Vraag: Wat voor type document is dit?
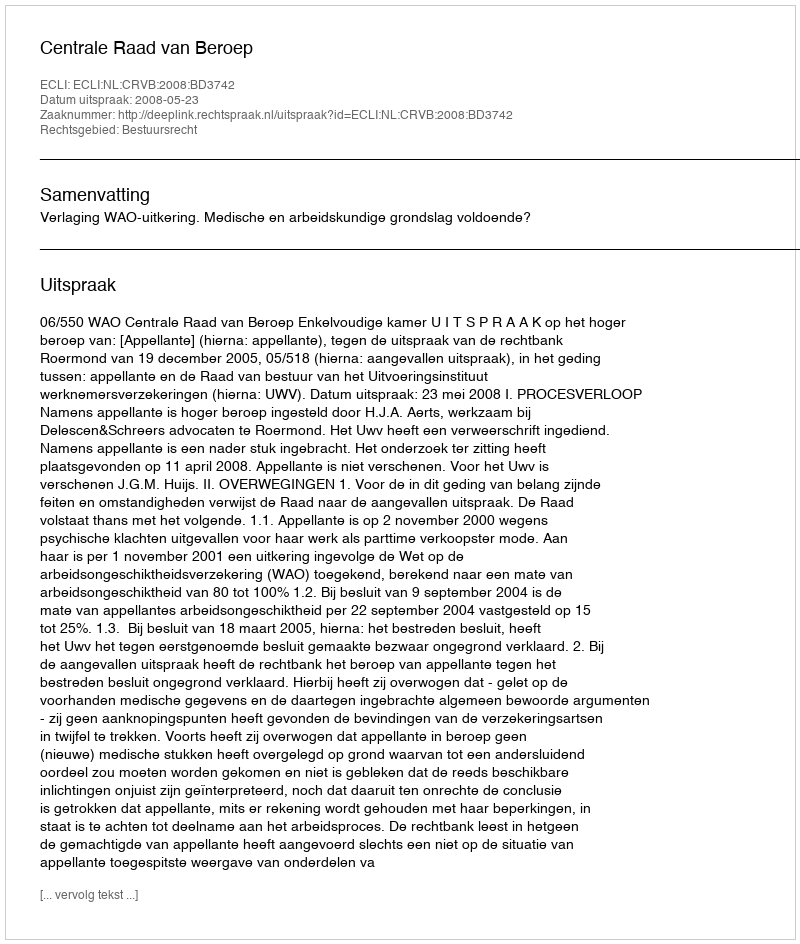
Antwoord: Uitspraak